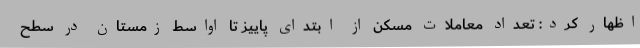
اظهار کرد: تعداد معاملات مسکن از ابتدای پاییز تا اواسط زمستان در سطح